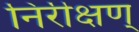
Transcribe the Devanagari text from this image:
निरीक्षण्